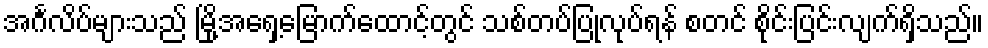
အင်္ဂလိပ်များသည် မြို့အရှေ့မြောက်ထောင့်တွင် သစ်တပ်ပြုလုပ်ရန် စတင် စိုင်းပြင်းလျက်ရှိသည်။